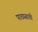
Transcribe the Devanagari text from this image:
पाठासाठी